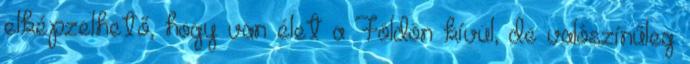
elképzelhető, hogy van élet a Földön kívül, de valószínűleg